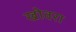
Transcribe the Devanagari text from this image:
खोवरा